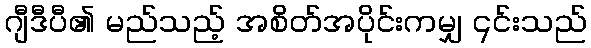
ဂျီဒီပီ၏ မည်သည့် အစိတ်အပိုင်းကမျှ ၎င်းသည်